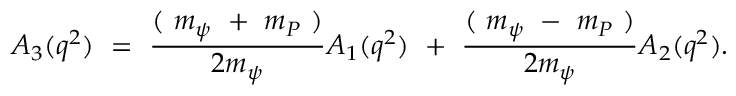
A _ { 3 } ( q ^ { 2 } ) ~ = ~ \frac { ( ~ m _ { \psi } ~ + ~ m _ { P } ~ ) } { 2 m _ { \psi } } A _ { 1 } ( q ^ { 2 } ) ~ + ~ \frac { ( ~ m _ { \psi } ~ - ~ m _ { P } ~ ) } { 2 m _ { \psi } } A _ { 2 } ( q ^ { 2 } ) .